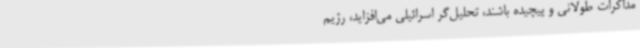
مذاکرات طولانی و پیچیده باشند، تحلیل‌گر اسرائیلی می‌افزاید، رژیم